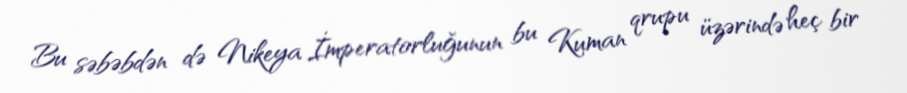
Bu səbəbdən də Nikeya İmperatorluğunun bu Kuman qrupu üzərində heç bir